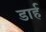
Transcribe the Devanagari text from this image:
डार्ह